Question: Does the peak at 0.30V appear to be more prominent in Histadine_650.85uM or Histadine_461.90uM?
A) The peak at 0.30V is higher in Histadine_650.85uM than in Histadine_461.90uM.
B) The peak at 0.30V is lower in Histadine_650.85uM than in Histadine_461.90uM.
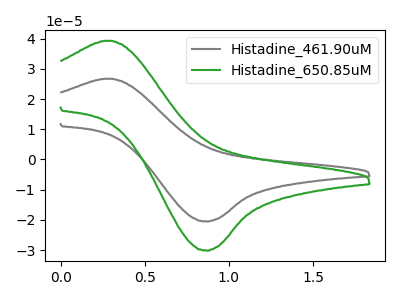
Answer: <think>The gray curve "Histadine_461.90uM" has an anodic peak at (0.30V, 26.75uA) and a cathodic peak at (0.85V, -20.45uA). The green curve "Histadine_650.85uM" has an anodic peak at (0.30V, 39.30uA) and a cathodic peak at (0.85V, -30.10uA).</think>
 <answer>A) The peak at 0.30V is higher in "Histadine_650.85uM" than in "Histadine_461.90uM".</answer>
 <eval>A</eval>